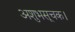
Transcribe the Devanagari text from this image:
अशुभसूचक।